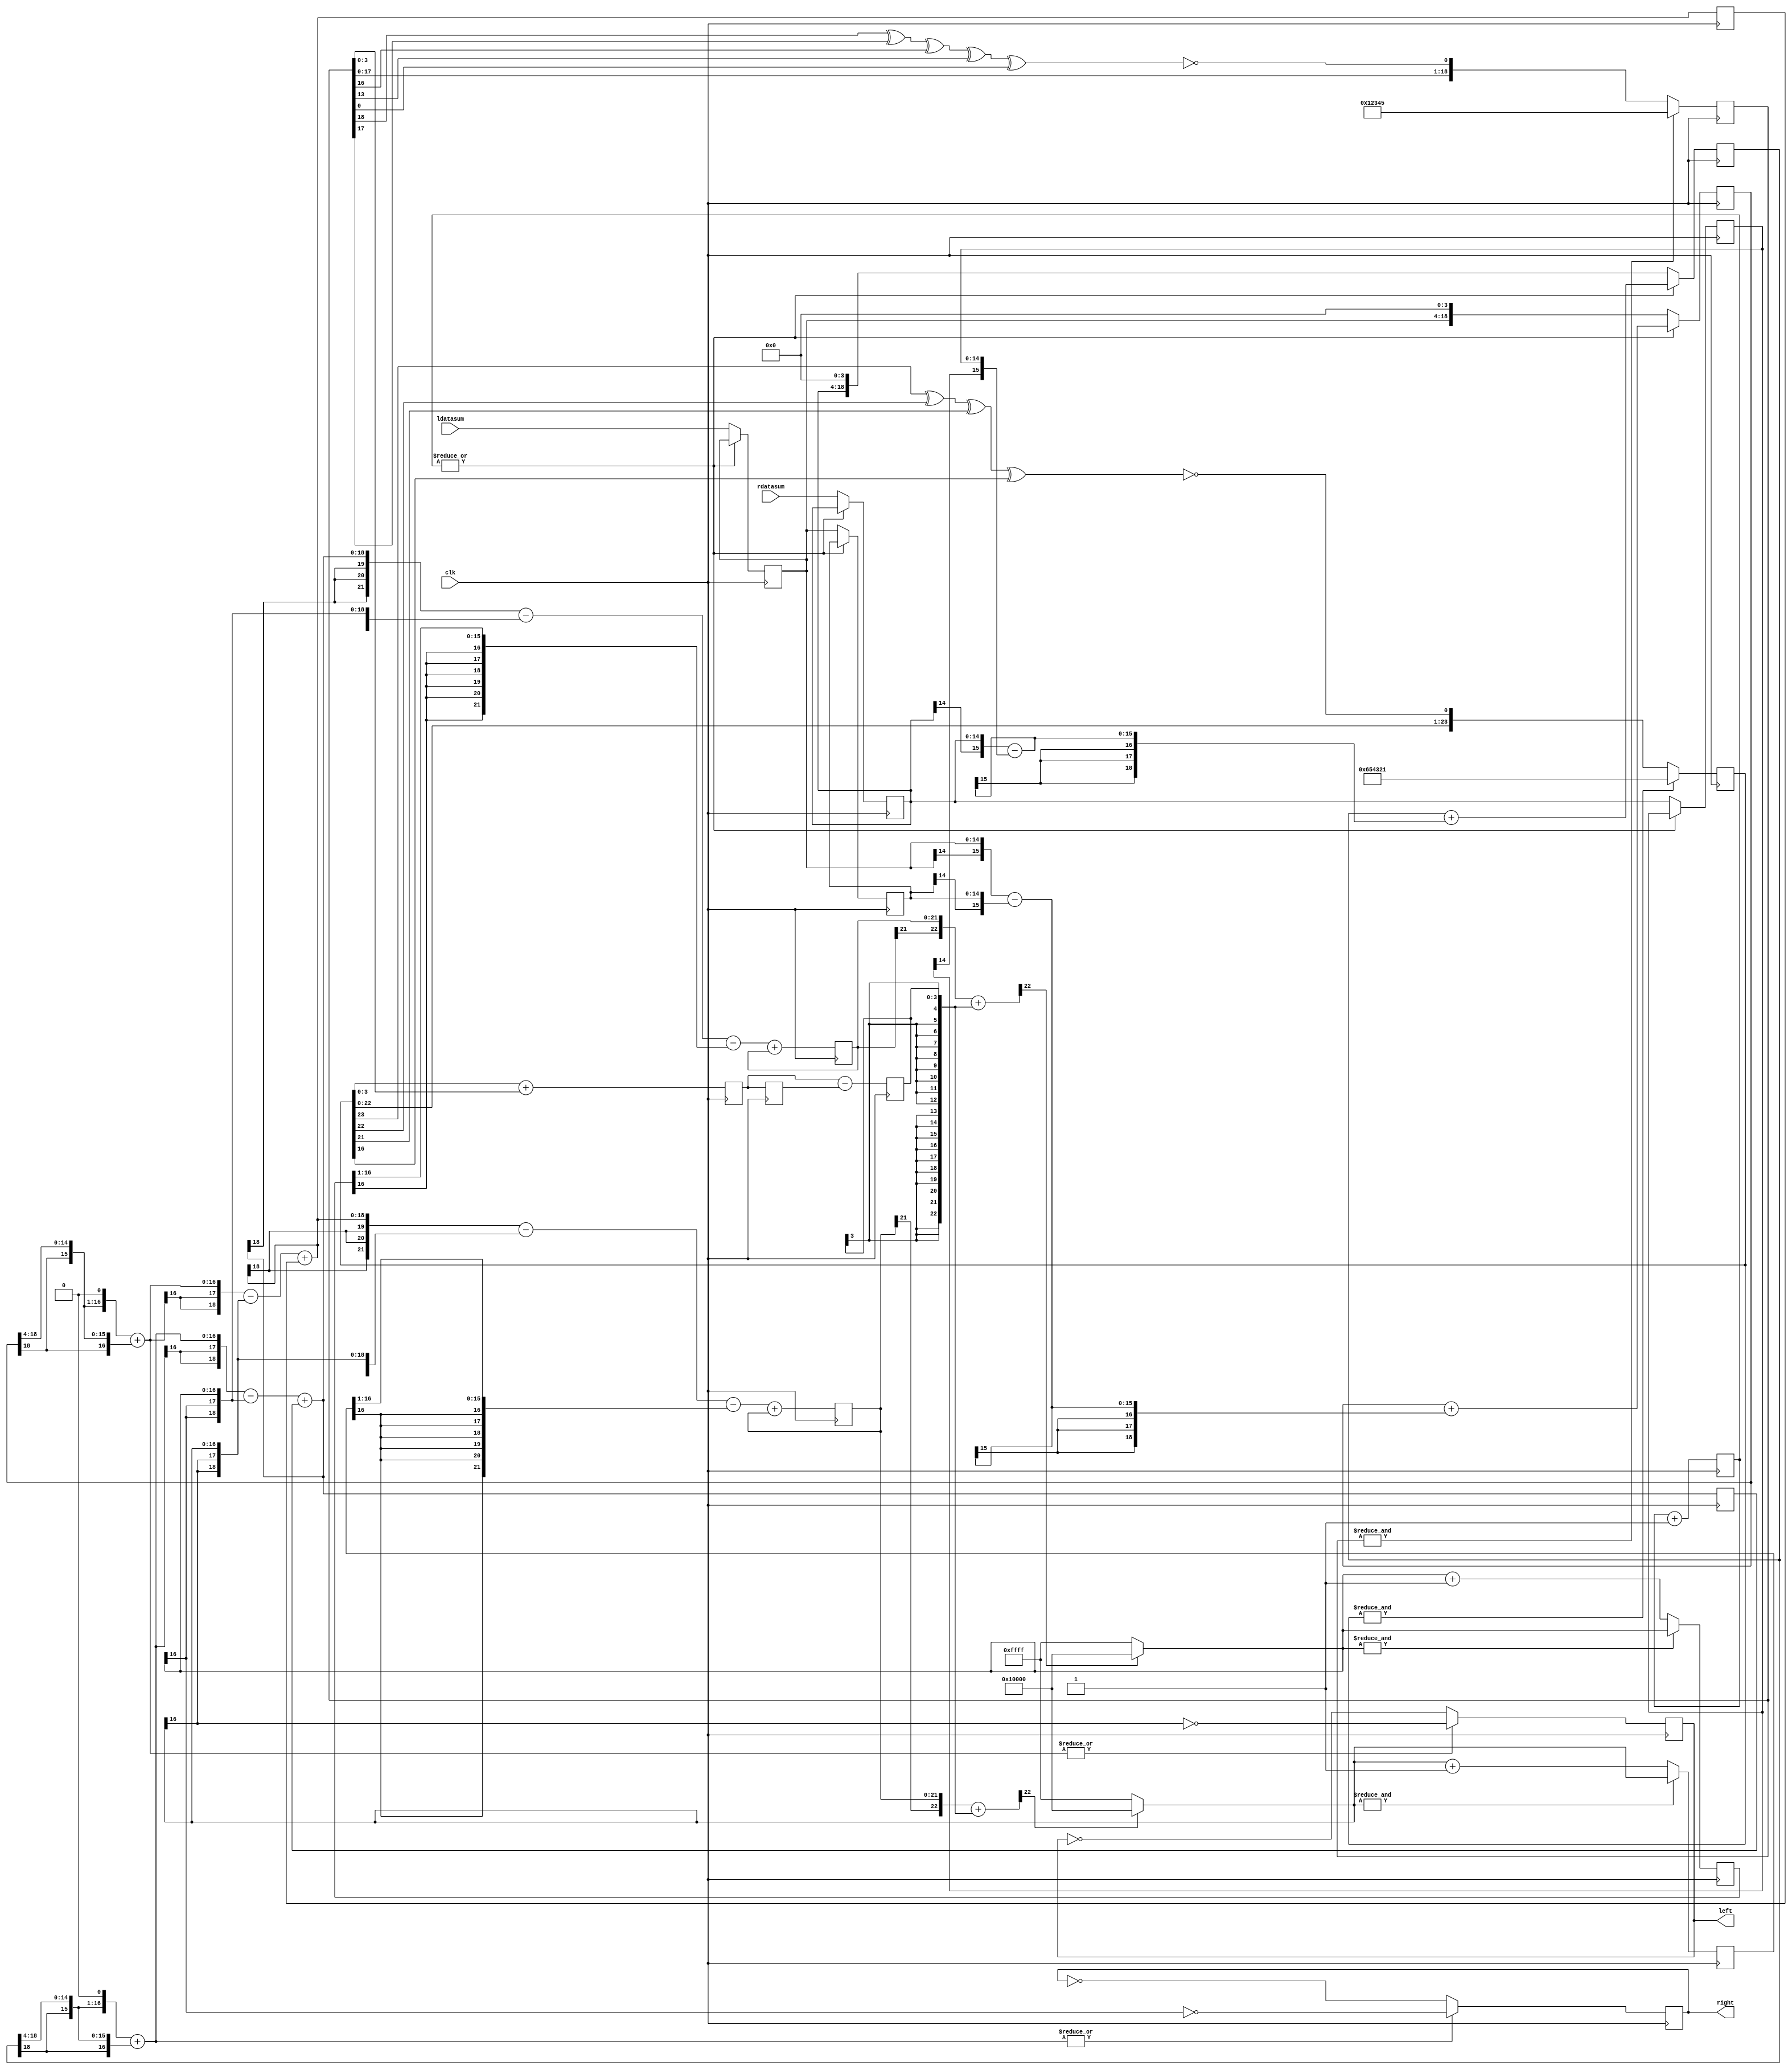
// This program was cloned from: https://github.com/rkrajnc/minimig-de1
// License: GNU General Public License v3.0

/* sigma-delta modulator test */


module sdm
(
	input 	clk,				//bus clock
	input	[14:0] ldatasum,			// left channel data
	input	[14:0] rdatasum,			// right channel data
	output	reg left=0,				//left bitstream output
	output	reg right=0				//right bitsteam output
);

//--------------------------------------------------------------------------------------

// local signals
localparam DW = 15;
localparam CW = 2;
localparam RW  = 4;
localparam A1W = 2;
localparam A2W = 5;

wire [DW+2+0  -1:0] sd_l_er0, sd_r_er0;
reg  [DW+2+0  -1:0] sd_l_er0_prev=0, sd_r_er0_prev=0;
wire [DW+A1W+2-1:0] sd_l_aca1,  sd_r_aca1;
wire [DW+A2W+2-1:0] sd_l_aca2,  sd_r_aca2;
reg  [DW+A1W+2-1:0] sd_l_ac1=0, sd_r_ac1=0;
reg  [DW+A2W+2-1:0] sd_l_ac2=0, sd_r_ac2=0;
wire [DW+A2W+3-1:0] sd_l_quant, sd_r_quant;

// LPF noise LFSR
reg [24-1:0] seed1 = 24'h654321;
reg [19-1:0] seed2 = 19'h12345;
reg [24-1:0] seed_sum=0, seed_prev=0, seed_out=0;
always @ (posedge clk) begin
  if (&seed1)
    seed1 <= #1 24'h654321;
  else
    seed1 <= #1 {seed1[22:0], ~(seed1[23] ^ seed1[22] ^ seed1[21] ^ seed1[16])};
end
always @ (posedge clk) begin
  if (&seed2)
    seed2 <= #1 19'h12345;
  else
    seed2 <= #1 {seed2[17:0], ~(seed2[18] ^ seed2[17] ^ seed2[16] ^ seed2[13] ^ seed2[0])};
end
always @ (posedge clk) begin
  seed_sum  <= #1 seed1 + {5'b0, seed2};
  seed_prev <= #1 seed_sum;
  seed_out  <= #1 seed_sum - seed_prev;
end

// linear interpolate
localparam ID=4; // counter size, also 2^ID = interpolation rate
reg  [ID+0-1:0] int_cnt = 0;
always @ (posedge clk) int_cnt <= #1 int_cnt + 'd1;

reg  [DW+0-1:0] ldata_cur=0, ldata_prev=0;
reg  [DW+0-1:0] rdata_cur=0, rdata_prev=0;
wire [DW+1-1:0] ldata_step, rdata_step;
reg  [DW+ID-1:0] ldata_int=0, rdata_int=0;
wire [DW+0-1:0] ldata_int_out, rdata_int_out;
assign ldata_step = {ldata_cur[DW-1], ldata_cur} - {ldata_prev[DW-1], ldata_prev}; // signed subtract
assign rdata_step = {rdata_cur[DW-1], rdata_cur} - {rdata_prev[DW-1], rdata_prev}; // signed subtract
always @ (posedge clk) begin
  if (~|int_cnt) begin
    ldata_prev <= #1 ldata_cur;
    ldata_cur  <= #1 ldatasum; //{~ldatasum[DW-1], ldatasum[DW-2:0]}; // convert to offset binary, samples no longer signed!
    rdata_prev <= #1 rdata_cur;
    rdata_cur  <= #1 rdatasum; //{~rdatasum[DW-1], rdatasum[DW-2:0]}; // convert to offset binary, samples no longer signed!
    ldata_int  <= #1 {ldata_cur[DW-1], ldata_cur, {ID{1'b0}}};
    rdata_int  <= #1 {rdata_cur[DW-1], rdata_cur, {ID{1'b0}}};
  end else begin
    ldata_int  <= #1 ldata_int + {{ID{ldata_step[DW+1-1]}}, ldata_step};
    rdata_int  <= #1 rdata_int + {{ID{rdata_step[DW+1-1]}}, rdata_step};
  end
end
assign ldata_int_out = ldata_int[DW+ID-1:ID];
assign rdata_int_out = rdata_int[DW+ID-1:ID];

// input gain x3
wire [DW+2-1:0] ldata_gain, rdata_gain;
assign ldata_gain = {ldata_int_out[DW-1], ldata_int_out, 1'b0} + {{(2){ldata_int_out[DW-1]}}, ldata_int_out};
assign rdata_gain = {rdata_int_out[DW-1], rdata_int_out, 1'b0} + {{(2){rdata_int_out[DW-1]}}, rdata_int_out};

/*
// random dither to 15 bits
reg [DW-1:0] ldata=0, rdata=0;
always @ (posedge clk) begin
  ldata <= #1 ldata_gain[DW+2-1:2] + ( (~(&ldata_gain[DW+2-1-1:2]) && (ldata_gain[1:0] > seed_out[1:0])) ? 15'd1 : 15'd0 );
  rdata <= #1 rdata_gain[DW+2-1:2] + ( (~(&ldata_gain[DW+2-1-1:2]) && (ldata_gain[1:0] > seed_out[1:0])) ? 15'd1 : 15'd0 );
end
*/

// accumulator adders
assign sd_l_aca1 = {{(A1W){ldata_gain[DW+2-1]}}, ldata_gain} - {{(A1W){sd_l_er0[DW+2-1]}}, sd_l_er0} + sd_l_ac1;
assign sd_r_aca1 = {{(A1W){rdata_gain[DW+2-1]}}, rdata_gain} - {{(A1W){sd_r_er0[DW+2-1]}}, sd_r_er0} + sd_r_ac1;

assign sd_l_aca2 = {{(A2W-A1W){sd_l_aca1[DW+A1W+2-1]}}, sd_l_aca1} - {{(A2W){sd_l_er0[DW+2-1]}}, sd_l_er0} - {{(A2W+1){sd_l_er0_prev[DW+2-1]}}, sd_l_er0_prev[DW+2-1:1]} + sd_l_ac2;
assign sd_r_aca2 = {{(A2W-A1W){sd_r_aca1[DW+A1W+2-1]}}, sd_r_aca1} - {{(A2W){sd_r_er0[DW+2-1]}}, sd_r_er0} - {{(A2W+1){sd_r_er0_prev[DW+2-1]}}, sd_r_er0_prev[DW+2-1:1]} + sd_r_ac2;

// accumulators
always @ (posedge clk) begin
  sd_l_ac1 <= #1 sd_l_aca1;
  sd_r_ac1 <= #1 sd_r_aca1;
  sd_l_ac2 <= #1 sd_l_aca2;
  sd_r_ac2 <= #1 sd_r_aca2;
end

// value for quantizaton
assign sd_l_quant = {sd_l_ac2[DW+A2W+2-1], sd_l_ac2} + {{(DW+A2W+3-RW){seed_out[RW-1]}}, seed_out[RW-1:0]};
assign sd_r_quant = {sd_r_ac2[DW+A2W+2-1], sd_r_ac2} + {{(DW+A2W+3-RW){seed_out[RW-1]}}, seed_out[RW-1:0]};

// error feedback
assign sd_l_er0 = sd_l_quant[DW+A2W+3-1] ? {1'b1, {(DW+2-1){1'b0}}} : {1'b0, {(DW+2-1){1'b1}}};
assign sd_r_er0 = sd_r_quant[DW+A2W+3-1] ? {1'b1, {(DW+2-1){1'b0}}} : {1'b0, {(DW+2-1){1'b1}}};
always @ (posedge clk) begin
  sd_l_er0_prev <= #1 (&sd_l_er0) ? sd_l_er0 : sd_l_er0+1;
  sd_r_er0_prev <= #1 (&sd_r_er0) ? sd_r_er0 : sd_r_er0+1;
end

// output
always @ (posedge clk) begin
  left  <= #1 (~|ldata_gain) ? ~left  : ~sd_l_er0[DW+2-1];
  right <= #1 (~|rdata_gain) ? ~right : ~sd_r_er0[DW+2-1];
end


endmodule